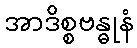
အာဒိစ္စဗန္ဓုနံ